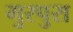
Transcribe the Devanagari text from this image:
गुरपुरा